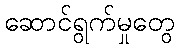
ဆောင်ရွက်မှုတွေ